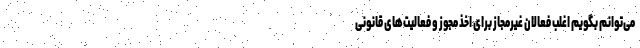
می‌توانم بگویم اغلب فعالان غیرمجاز برای اخذ مجوز و فعالیت‌های قانونی